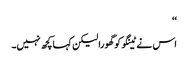
‘‘
اس نے ٹینگو کو گھورا لیکن کہا کچھ نہیں۔